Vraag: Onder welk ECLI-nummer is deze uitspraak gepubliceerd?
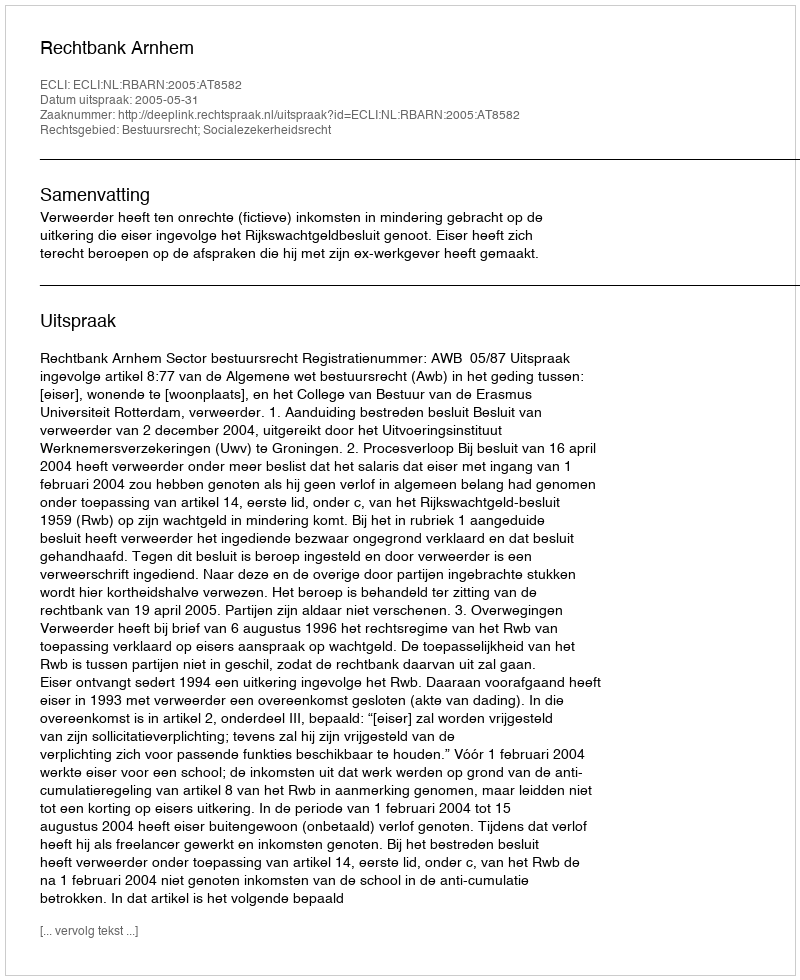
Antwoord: ECLI:NL:RBARN:2005:AT8582